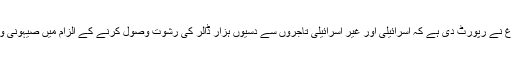
ہمارے نمائندے کی رپورٹ کے مطابق صیہونی حکومت کے ذرائع ابلاغ نے رپورٹ دی ہے کہ اسرائیلی اور غیر اسرائیلی تاجروں سے دسیوں ہزار ڈالر کی رشوت وصول کرنے کے الزام میں صیہونی وزیراعظم نتن یاہو سے ایک ہفتے میں تیسری بار پولیس تفتیش کرے گی۔